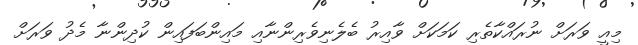
މިއީ ވަރަށް ނުރައްކާތެރި ކަމަކަށް ވާއިރު ބެލެނިވެރިންނާއި މައިންބަފައިން ކުދިންނާ މެދު ވަރަށް